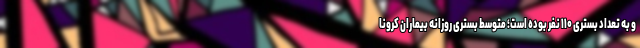
و به تعداد بستری ۱۱۰ نفر بوده است؛ متوسط بستری روزانه بیماران کرونا